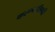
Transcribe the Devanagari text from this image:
करूणात्रिपदी